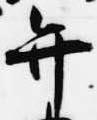
弁